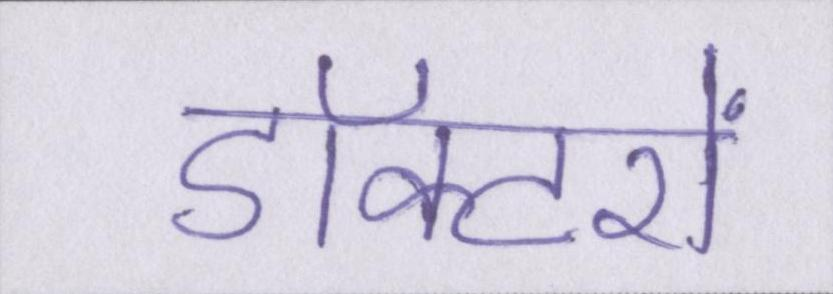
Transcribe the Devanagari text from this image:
डॉक्टरों